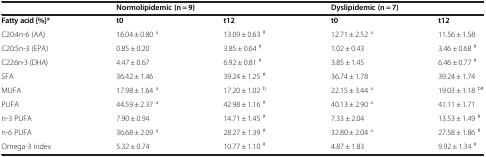
<table><thead><tr><td><b> </b></td><td colspan="2"><b>Normolipidemic (n = 9)</b></td><td colspan="2"><b>Dyslipidemic (n = 7)</b></td></tr></thead><tbody><tr><td><b>Fatty acid [%]</b><b><i>*</i></b></td><td><b>t0</b></td><td><b>t12</b></td><td><b>t0</b></td><td><b>t12</b></td></tr><tr><td>C20:4n-6 (AA)</td><td>16.04 ± 0.80 <sup>a</sup></td><td>13.09 ± 0.63 <sup>#</sup></td><td>12.71 ± 2.52 <sup>a</sup></td><td>11.56 ± 1.58</td></tr><tr><td>C20:5n-3 (EPA)</td><td>0.85 ± 0.20</td><td>3.85 ± 0.64 <sup>#</sup></td><td>1.02 ± 0.43</td><td>3.46 ± 0.68 <sup>#</sup></td></tr><tr><td>C22:6n-3 (DHA)</td><td>4.47 ± 0.67</td><td>6.92 ± 0.81 <sup>#</sup></td><td>3.85 ± 1.45</td><td>6.46 ± 0.77 <sup>#</sup></td></tr><tr><td>SFA</td><td>36.42 ± 1.46</td><td>39.24 ± 1.25 <sup>#</sup></td><td>36.74 ± 1.78</td><td>39.24 ± 1.74</td></tr><tr><td>MUFA</td><td>17.98 ± 1.64 <sup>a</sup></td><td>17.20 ± 1.02 <sup>b</sup></td><td>22.15 ± 3.44 <sup>a</sup></td><td>19.03 ± 1.18 <sup>b#</sup></td></tr><tr><td>PUFA</td><td>44.59 ± 2.37 <sup>a</sup></td><td>42.98 ± 1.16 <sup>#</sup></td><td>40.13 ± 2.90 <sup>a</sup></td><td>41.11 ± 1.71</td></tr><tr><td>n-3 PUFA</td><td>7.90 ± 0.94</td><td>14.71 ± 1.45 <sup>#</sup></td><td>7.33 ± 2.04</td><td>13.53 ± 1.49 <sup>#</sup></td></tr><tr><td>n-6 PUFA</td><td>36.68 ± 2.09 <sup>a</sup></td><td>28.27 ± 1.39 <sup>#</sup></td><td>32.80 ± 2.04 <sup>a</sup></td><td>27.58 ± 1.86 <sup>#</sup></td></tr><tr><td>Omega-3 index</td><td>5.32 ± 0.74</td><td>10.77 ± 1.10 <sup>#</sup></td><td>4.87 ± 1.83</td><td>9.92 ± 1.34 <sup>#</sup></td></tr></tbody></table>